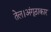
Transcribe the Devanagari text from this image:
तेल।अंगूठाकार